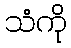
သံကို